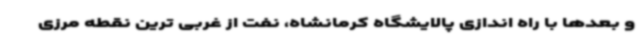
و بعدها با راه اندازی پالایشگاه کرمانشاه، نفت از غربی ترین نقطه مرزی